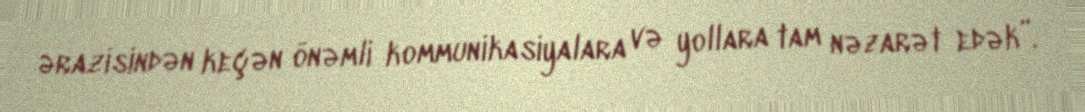
ərazisindən keçən önəmli kommunikasiyalara və yollara tam nəzarət edək”.